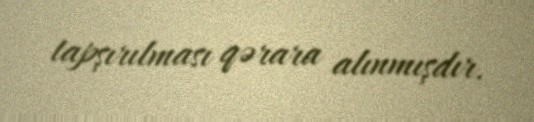
tapşırılması qərara alınmışdır.